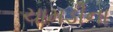
ચામડીના